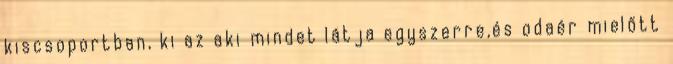
kiscsoportban, ki az aki mindet látja egyszerre,és odaér mielőtt